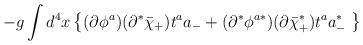
LaTeX: \begin{align*}-g\int d^4x \left\{(\partial\phi^a)(\partial^*\bar{\chi}_+)t^aa_- +(\partial^*\phi^{a *})(\partial \bar{\chi}^*_+)t^aa^*_- \; \right\}\end{align*}